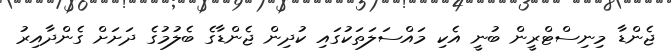
ޖެންޑާ މިނިސްޓްރީން ބުނީ އެކި މައްސަލަތަކުގައި ކުދިން ޖެންޑާގެ ބެލުމުގެ ދަށަށް ގެންދާއިރު